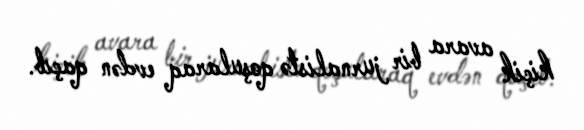
kiçik avara bir jurnalistə qoşularaq evdən qaçıb.